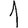
Digit: 1